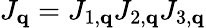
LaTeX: J_{\mathbf{q}}=J_{1,\mathbf{q}}J_{2,\mathbf{q}}J_{3,\mathbf{q}}